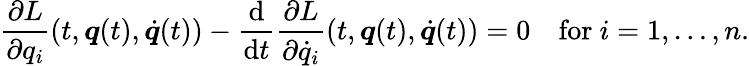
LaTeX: {\frac{\partial L}{\partial q_{i}}}(t,{\boldsymbol{q}}(t),{\dot{\boldsymbol{q}}}(t))-{\frac{\mathrm{d}}{\mathrm{d}t}}{\frac{\partial L}{\partial{\dot{q}}_{i}}}(t,{\boldsymbol{q}}(t),{\dot{\boldsymbol{q}}}(t))=0\quad{\mathrm{for~}}i=1,\dots,n.